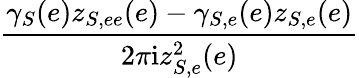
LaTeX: \frac{\gamma_{S}(e)z_{S,ee}(e)-\gamma_{S,e}(e)z_{S,e}(e)}{2\pi\mathrm{i}z_{S,e}^{2}(e)}